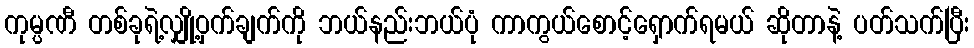
ကုမ္ပဏီ တစ်ခုရဲ့လျှို့ဝှက်ချက်ကို ဘယ်နည်းဘယ်ပုံ ကာကွယ်စောင့်ရှောက်ရမယ် ဆိုတာနဲ့ ပတ်သက်ပြီး